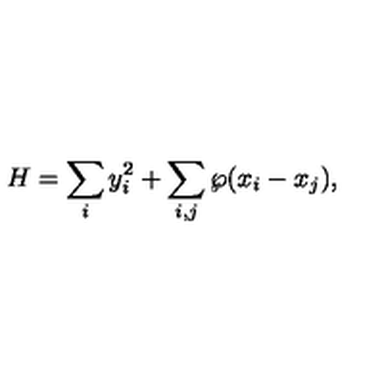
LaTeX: H = \sum _ { i } y _ { i } ^ { 2 } + \sum _ { i , j } \wp ( x _ { i } - x _ { j } ) ,